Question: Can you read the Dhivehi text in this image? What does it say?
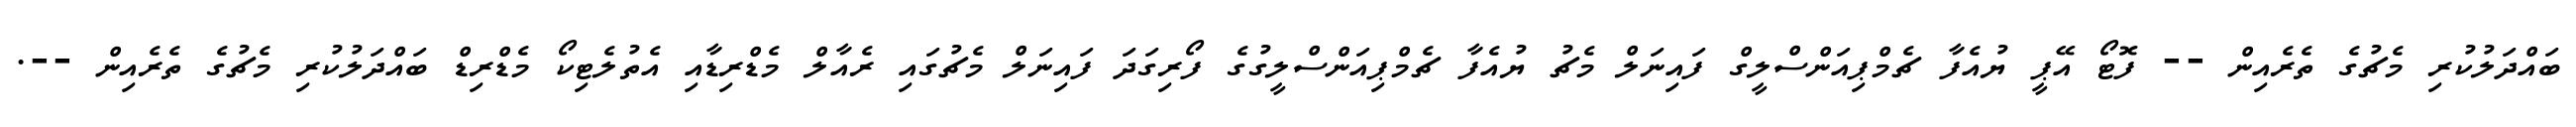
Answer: ބައްދަލުކުރި މެޗުގެ ތެރެއިން -- ފޮޓޯ އޭޕީ ޔުއެފާ ޗެމްޕިއަންސްލީގް ފައިނަލް މެޗު ޔުއެފާ ޗެމްޕިއަންސްލީގުގެ ފޯރިގަދަ ފައިނަލް މެޗުގައި ރެއާލް މެޑްރިޑާއި އެތުލެޓިކޯ މެޑްރިޑް ބައްދަލުކުރި މެޗުގެ ތެރެއިން --.